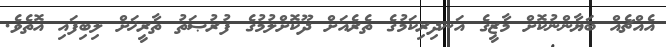
އެއްޗެއް ބަޔާންނުކޮށް މާޒީގެ އަނދިރިކަމުގެ ތެރެއަށް ދޫކޮށްލުމުގެ ފުރުޞަތު ތާރީޚަށް ލިބިފައި އޮތެވެ.